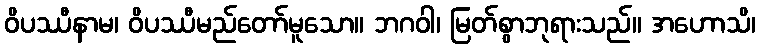
ဝိပဿီနာမ၊ ဝိပဿီမည်တော်မူသော။ ဘဂဝါ၊ မြတ်စွာဘုရားသည်။ အဟောသိ၊